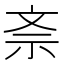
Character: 𭤕